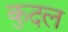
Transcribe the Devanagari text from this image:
कुदल